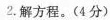
2.解方程。(4分)